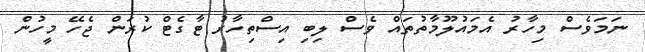
ނަމަވެސް މިހާރު އެމައުލޫމާތުތައް ވެސް ލިބި އިސްތިހާރު ޓާގެޓް ކުރަން ޖެހޭ މީހުން